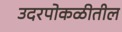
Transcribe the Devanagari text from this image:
उदरपोकळीतील